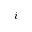
i